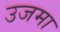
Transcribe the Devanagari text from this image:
उजमा